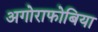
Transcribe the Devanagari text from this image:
अगोराफोबिया